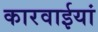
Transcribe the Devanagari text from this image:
कारवाईयां